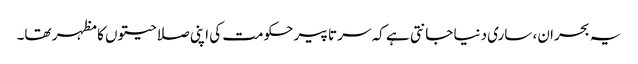
یہ بحران، ساری دنیا جانتی ہے کہ سر تا پیر حکومت کی اپنی صلاحیتوں کا مظہر تھا۔